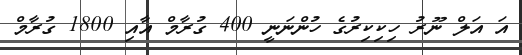
އަ އަލް ނޫރު ހިކިކިރުގެ ހުންނަނީ 400 ގުރާމް އާއި 1800 ގުރާމް